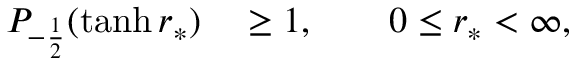
\begin{array} { r l } { P _ { - \frac { 1 } { 2 } } ( \operatorname { t a n h } r _ { * } ) } & { { } \ge 1 , \qquad 0 \le r _ { * } < \infty , } \end{array}